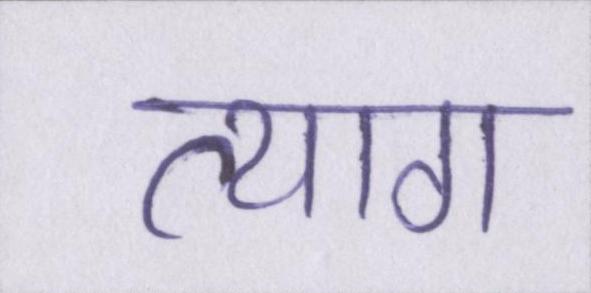
त्याग